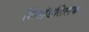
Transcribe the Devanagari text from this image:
शिखंडतिलक